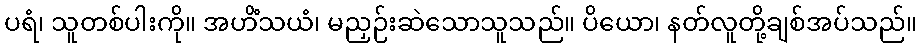
ပရံ၊ သူတစ်ပါးကို။ အဟိံသယံ၊ မညှဉ်းဆဲသောသူသည်။ ပိယော၊ နတ်လူတို့ချစ်အပ်သည်။